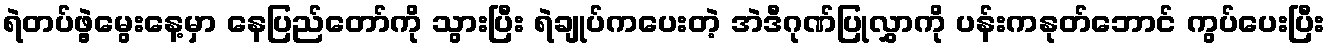
ရဲတပ်ဖွဲ့မွေးနေ့မှာ နေပြည်တော်ကို သွားပြီး ရဲချုပ်ကပေးတဲ့ အဲဒီဂုဏ်ပြုလွှာကို ပန်းကနုတ်ဘောင် ကွပ်ပေးပြီး